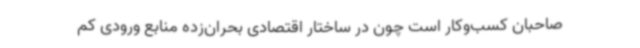
صاحبان کسب‌وکار است چون در ساختار اقتصادی بحران‌زده منابع ورودی کم